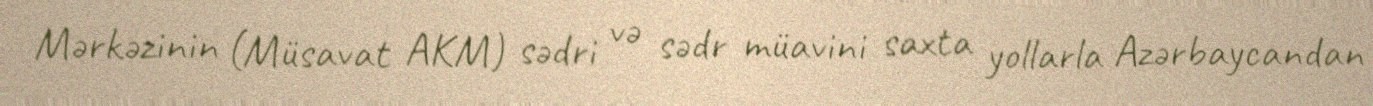
Mərkəzinin (Müsavat AKM) sədri və sədr müavini saxta yollarla Azərbaycandan